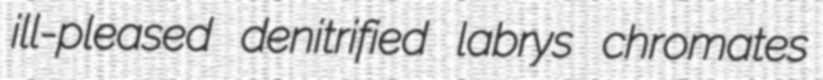
ill-pleased denitrified labrys chromates